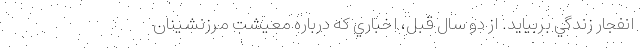
انفجار زندگي بربيايد. از دو سال قبل، اخباري كه درباره معيشت مرزنشينان